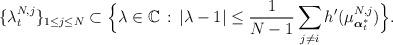
LaTeX: \begin{align*}\{\lambda_{t}^{N,j}\}_{1\leq j\leq N}\subset \Big\{\lambda\in\mathbb C\,:\,\left|\lambda-1\right|\leq \frac{1}{N-1}\sum_{j\not =i} h'(\mu^{N,j}_{\boldsymbol{\alpha}^*_t}) \Big\}.\end{align*}